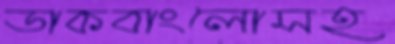
ডাকবাংলোসহ